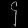
Digit: ၄